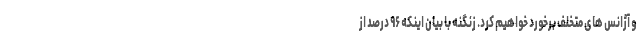
و آژانس های متخلف برخورد خواهیم کرد. زنگنه با بیان اینکه ۹۶ درصد از